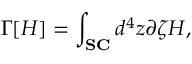
\Gamma [ H ] = \int _ { \bf S C } d ^ { 4 } z \partial \zeta H ,